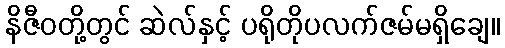
နိဇီဝတို့တွင် ဆဲလ်နှင့် ပရိုတိုပလက်ဇမ်မရှိချေ။